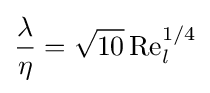
{\frac {\lambda }{\eta }}={\sqrt {10}}\,{\text{Re}}_{l}^{1/4}